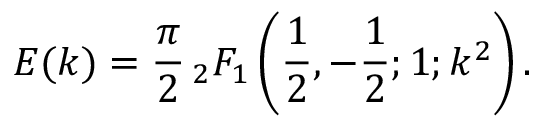
E ( k ) = { \frac { \pi } { 2 } } \, { } _ { 2 } F _ { 1 } \left( { \frac { 1 } { 2 } } , - { \frac { 1 } { 2 } } ; 1 ; k ^ { 2 } \right) .